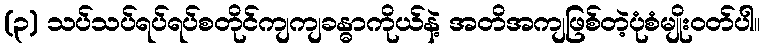
(၃) သပ်သပ်ရပ်ရပ်စတိုင်ကျကျခန္ဓာကိုယ်နဲ့ အတိအကျဖြစ်တဲ့ပုံစံမျိုးဝတ်ပါ။